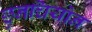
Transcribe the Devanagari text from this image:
छुनचियोन